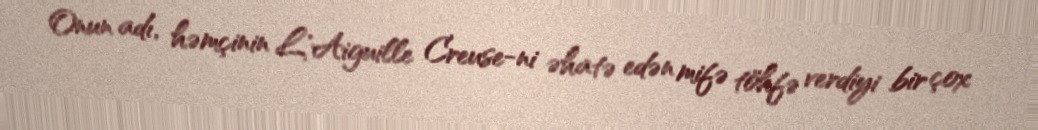
Onun adı, həmçinin L'Aiguille Creuse-ni əhatə edən mifə töhfə verdiyi bir çox